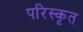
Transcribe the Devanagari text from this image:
परिस्‍कृत